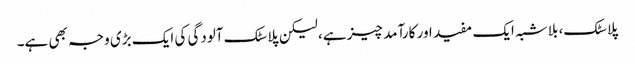
پلاسٹک، بلاشبہ ایک مفید اور کارآمد چیز ہے، لیکن پلاسٹک آلودگی کی ایک بڑی وجہ بھی ہے۔